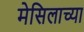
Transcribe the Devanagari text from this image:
मेसिलाच्या